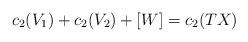
LaTeX: \begin{align*}c_2(V_1)+c_2(V_2)+[W]=c_2(TX) \end{align*}